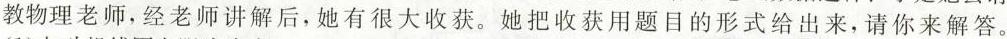
教物理老师，经老师讲解后，她有很大收获。她把收获用题目的形式给出来，请你来解答。